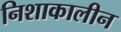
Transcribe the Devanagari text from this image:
निशाकालीन